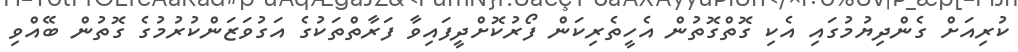
ކުރިއަށް ގެންދިޔުމުގައި އެކި ގޮތްގޮތުން އެހީތެރިކަން ފޯރުކޮށްދީފައިވާ ފަރާތްތަކުގެ އަގުވަޒަންކުރުމުގެ ގޮތުން ބޭއްވި